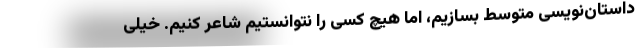
داستان‌نویسی متوسط بسازیم، اما هیچ کسی را نتوانستیم شاعر کنیم. خیلی